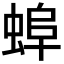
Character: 𧌓